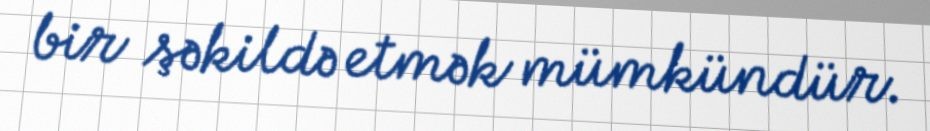
bir şəkildə etmək mümkündür.